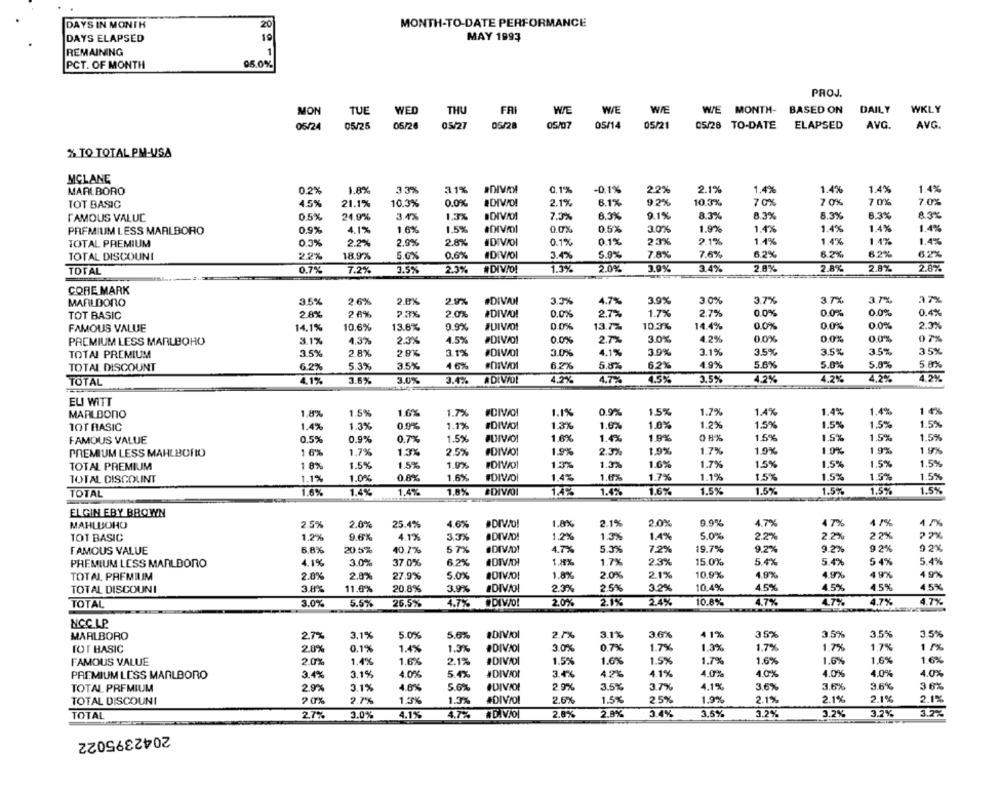
DAYS IN MONTH
20
MONTH-TO-DATE PERFORMANCE
DAYS ELAPSED
19
MAY 1993
REMAINING
1
95.0%
PCT. OF MONTH
PROJ.
TUE
WED
THU
FRI
WIE
WIE
WIE
WE MONTH-
BASED ON
DAILY
WKLY
MON
05/24
05/25
05/24
05/27
05/28
05/07
05/14
05/21
05/28 TO-DATE
ELAPSED
AVG.
AVG.
% TO TOTAL PM-USA
MCLANE
MARLBORO
0.2%
1.8%
33%
31%
0.1%
-0.1%
2.2%
2.1%
1.4%
1.4%
1.4%
1.4%
TOT BASIC
4.5%
21.1%
10.3%
0.0%
DIVO!
2.1%
6.1%
9.2%
10.3%
70%
7 0%
7 0%
7.0%
8.3%
9.1%
8.3%
6.3%
8.3%
FAMOUS VALUC
0.5%
24.9%
3.4%
1.3%
DIVIOI
7.3%
8.3%
8.3%
0.9%
4.1%
1.6%
1,5%
#DIVMOI
0 0%
0.5%
3.0%
1.9%
1.4%
1.4%
1.4%
1.4%
PREMIUM LESS MARLBORO
TOTAL PREMIUM
0,3%
2.2%
2.9%
28%
IDIVOI
0.1%
0,1%
23%
2.1%
1.1%
1.4%
1.4%
1.4%
0.6%
5.9%
7.8%
7.6%
6.2%
6.2%
62%
TOTAL DISCOUNI
2.2%
18.9%
5.6%
#DIVOI
3.4%
0.7%
3.5%
2.3%
#DIVIO!
1.3%
2.0%
3.9%
3.4%
2.8%
2.8%
2.8%
2.8%
TOTAL
7.2%
CORE MARK
MARLDORO
3.5%
2.6%
2.8%
2.9%
#DIVAI
3.3%
4.7%
3.9%
3.0%
3.7%
37%
3.7%
azx
TOT BASIC
28%
2 6%
2.3%
20%
#DIVID!
0.0%
2.7%
1.7%
2.7%
0.0%
0.0%
0.0%
0.4%
0.0%
0.0%
2.3%
FAMOUS VALUE
14.1%
10.6%
13.8%
0.9%
#UIVID!
0.0%
13.77
10.3%
14.4%
0.0%
PREMIUM LESS MARLBORO
3.1%
4.3%
2.3%
4.5%
#DIVOI
0.0%
2.7%
3.0%
4.2%
00%
00%
00%
07%
TOTAL PREMIUM
3.5%
2.8%
2.9%
3.1%
#DIVOI
3.0%
4.1%
3.9%
3.1%
3.5%
3.5%
35%
35%
46%
#DIVIDI
6.2%
5.8%
6.2%
4.9%
5.6%
5.0%
5.0%
5.8%
TOTAL DISCOUNT
6.2%
5.3%
3.5%
4.1%
3.6%
3.0%
3.4%
ADIVOL
4.2%
4.7%
4.5%
3.5%
4.2%
4.2%
4.2%
4.2%
TOTAL
EU WITT
#DIVOI
1.1%
0.9%
1.5%
1.7%
1.4%
1.4%
1.4%
1 4%
MARLBONO
1.8%
1.5%
1.6%
1.7%
TOT BASIC
1.4%
1.3%
0.9%
1.1%
#DIVOI
1.3%
1.6%
1.0%
1.2%
1.5%
1.5%
1.5%
1.5%
FAMOUS VALUE
0.5%
0.9%
0.7%
1.5%
#DIWO!
1.6%
1.4%
1.9%
08%
1.5%
1.5%
1.5%
1.5%
PREMIUM LESS MAHLBORIO
1 6%
1.7%
1.3%
2.5%
#DIVO!
1.9%
2.3%
1.9%
17%
1.9%
1.0%
1 9%
1,9%
TOTAL PREMIUM
1 8%
1.5%
1.5%
1.9%
#DIVOI
1.3%
1.3%
1.6%
1.7%
1.5%
1.5%
1.5%
1.5%
1.4%
1.7%
1.1%
1.5%
1.5%
1.5%
1.5%
TOTAL DISCOLINT
1.1%
1.0%
0.8%
1.6%
#DIVOI
1.6%
1.6%
1.4%
1.4%
1.8%
1.5%
1.5%
1.5%
1.5%
1.5%
TOTAL
#DIVAI
1.4%
1.4%
1.6%
ELGIN EBY BROWN
1.8%
2.1%
2.0%
9.9%
MAHLBOHO
2.5%
2.0%
25.4%
4.6%
·DIVO!
4.7%
4 7%
4 1%
1.7%
TOT BASIC
1.2%
9.6%
4.1%
3.3%
ODIVAD!
1,2%
1.3%
1.4%
5.0%
2.2%
2.2%
22%
9 2%
FAMOUS VALUE
6.8%
20.5%
40.7%
57%
#DIVAD!
4.7%
5.3%
7.2%
19.7%
9.2%
9.2%
9 2%
PREMIUM LESS MARLBORO
4.1%
3.0%
37.0%
6.2%
#DIVOI
1.4%
1.7%
2.3%
15.0%
5.4%
5.4%
54%
5.4%
TOTAL PREMIUM
2.0%
2.0%
27.9%
5.0%
IDIVJO!
1.8%
2.0%
2.1%
10.9%
4.9%
4.9%
49%
4 9%
4.5%
4.5%
4.5%
TOTAL DISCOUNI
3.8%
11.6%
20.8%
3.9%
#DIVOI
2.3%
2.5%
3.2%
10.4%
4.5%
#DIVO!
2.0%
2.1%
24%
4.7%
4.7%
4.7%
4.7%
TOTAL
3.0%
5.5%
26.5%
4.7%
10.8%
NCC LP
2.7%
3.1%
3.6%
4 1%
35%
3.5%
3.5%
3.5%
MARLBORO
27%
3.1%
5.0%
5.6%
#DIVOI
TOT BASIC
2.0%
0.1%
1.4%
1.3%
#DIVIDI
3.0%
0.7%
1.7%
1.3%
1.7%
1.7%
1.7%
1 /%
FAMOUS VALUE
2.0%
1.4%
1.6%
2.1%
#DIVIDI
1.5%
1.6%
1.5%
1.7%
1.6%
1.6%
1.6%
1.6%
4.0%
#DIVIDI
4.25
4.1%
4.0%
4.0%
4.0%
4.0%
4.0%
PREMIUM LESS MARLBORO
3.4%
3.1%
5.4%
3.4%
TOTAL PREMIUM
2.9%
3.1%
4.0%
5.6%
#DIVIDI
2.9%
3.5%
3.7%
4,1%
3.6%
3.6%
3.6%
36%
TOTAL DISCOUNI
20%
2.7%
1.3%
1.3%
#DIV/O!
2.6%
1.5%
25%
1.9%
2.1%
2.1%
2.1%
2.1%
2.8%
3.4%
3.2%
3.2%
3.2%
TOTAL
2.7%
3.0%
4.1%
4.7%
#DIVJOI
2.8%
3,6%
3.2%
2042395022